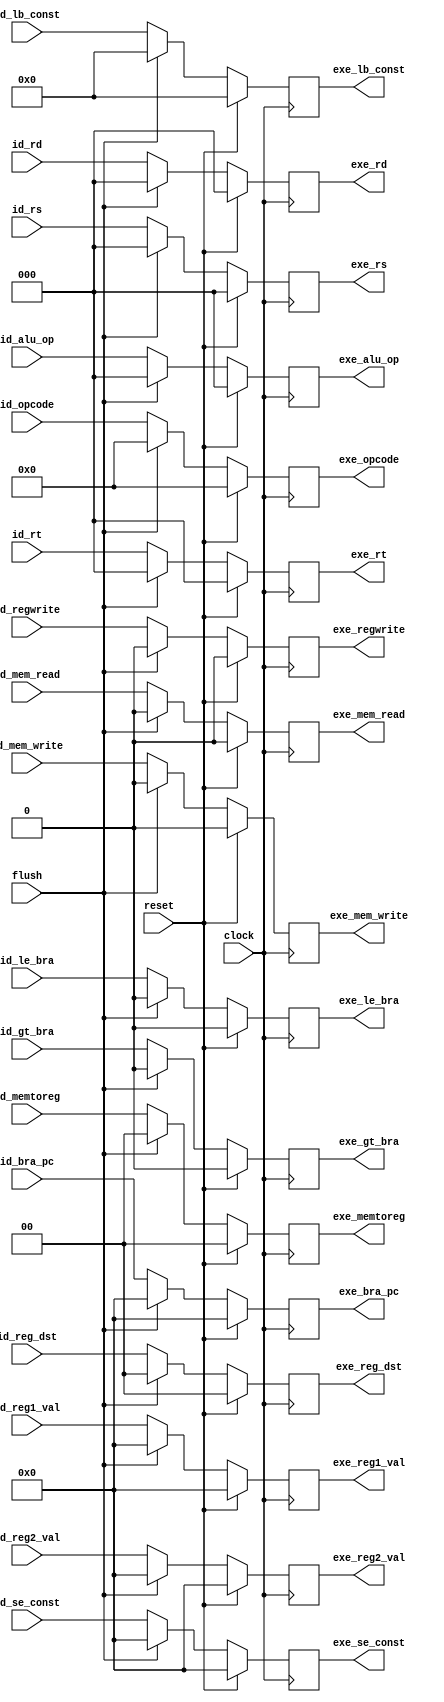
module ID_EXE_Buffer(clock,reset,id_bra_pc,id_reg1_val,id_reg2_val,id_rs,id_rt,id_rd,id_lb_const,
							id_se_const,exe_bra_pc,exe_reg1_val,exe_reg2_val,exe_rs,exe_rt,exe_rd,
							exe_lb_const,exe_se_const,id_gt_bra,id_le_bra,id_alu_op,id_reg_dst,id_mem_read,
							id_mem_write,id_memtoreg,id_regwrite,exe_gt_bra,exe_le_bra,exe_alu_op,
							exe_reg_dst,exe_mem_read,exe_mem_write,exe_memtoreg,exe_regwrite,id_opcode,
							exe_opcode,flush
    );

	input clock,reset,flush;
	input [2:0] id_rs,id_rt,id_rd;
	input [15:0] id_bra_pc;
	input [7:0] id_lb_const;
	input [15:0] id_reg1_val,id_reg2_val,id_se_const;
	input id_gt_bra,id_le_bra,id_mem_read,id_mem_write,id_regwrite;
	input [1:0] id_reg_dst,id_memtoreg;
	input [2:0] id_alu_op;
	input [3:0] id_opcode;
	
	output reg [2:0] exe_rs,exe_rt,exe_rd;
	output reg [15:0] exe_bra_pc;
	output reg [7:0] exe_lb_const;
	output reg [15:0] exe_reg1_val,exe_reg2_val,exe_se_const;
	output reg exe_gt_bra,exe_le_bra,exe_mem_read,exe_mem_write,exe_regwrite;
	output reg [1:0] exe_reg_dst,exe_memtoreg;
	output reg [2:0] exe_alu_op;
	output reg [3:0] exe_opcode;
	
	always@(posedge clock) begin
		if(reset)
			exe_rs = 'd0;
		else if(flush)
			exe_rs = 'd0;
		else
			exe_rs = id_rs;
	end
	
	always@(posedge clock) begin
		if(reset)
			exe_rt = 'd0;
		else if(flush)
			exe_rt = 'd0;
		else
			exe_rt = id_rt;
	end
	
	always@(posedge clock) begin
		if(reset)
			exe_rd = 'd0;
		else if(flush)
			exe_rd = 'd0;
		else
			exe_rd = id_rd;
	end
	
	always@(posedge clock) begin
		if(reset)
			exe_bra_pc = 'd0;
		else if(flush)
			exe_bra_pc = 'd0;
		else
			exe_bra_pc = id_bra_pc;
	end
	
	always@(posedge clock) begin
		if(reset)
			exe_lb_const = 'd0;
		else if(flush)
			exe_lb_const = 'd0;
		else
			exe_lb_const = id_lb_const;
	end
	
	always@(posedge clock) begin
		if(reset)
			exe_reg1_val = 'd0;
		else if(flush)
			exe_reg1_val = 'd0;
		else
			exe_reg1_val = id_reg1_val;
	end
	
	always@(posedge clock) begin
		if(reset)
			exe_reg2_val = 'd0;
		else if(flush)
			exe_reg2_val = 'd0;
		else
			exe_reg2_val = id_reg2_val;
	end
	
	always@(posedge clock) begin
		if(reset)
			exe_se_const = 'd0;
		else if(flush)
			exe_se_const = 'd0;
		else
			exe_se_const = id_se_const;
	end
	
	always@(posedge clock) begin
		if(reset)
			exe_gt_bra = 'd0;
		else if(flush)
			exe_gt_bra = 'd0;
		else
			exe_gt_bra = id_gt_bra;
	end
	
	always@(posedge clock) begin
		if(reset)
			exe_le_bra = 'd0;
		else if(flush)
			exe_le_bra = 'd0;
		else
			exe_le_bra = id_le_bra;
	end
	
	always@(posedge clock) begin
		if(reset)
			exe_alu_op = 'd0;
		else if(flush)
			exe_alu_op = 'd0;
		else
			exe_alu_op = id_alu_op;
	end
	
	always@(posedge clock) begin
		if(reset)
			exe_reg_dst = 'd0;
		else if(flush)
			exe_reg_dst = 'd0;
		else
			exe_reg_dst = id_reg_dst;
	end
	
	always@(posedge clock) begin
		if(reset)
			exe_mem_read = 'd0;
		else if(flush)
			exe_mem_read = 'd0;
		else
			exe_mem_read = id_mem_read;
	end
	
	always@(posedge clock) begin
		if(reset)
			exe_mem_write = 'd0;
		else if(flush)
			exe_mem_write = 'd0;
		else
			exe_mem_write = id_mem_write;
	end
	
	always@(posedge clock) begin
		if(reset)
			exe_memtoreg = 'd0;
		else if(flush)
			exe_memtoreg = 'd0;
		else
			exe_memtoreg = id_memtoreg;
	end
	
	always@(posedge clock) begin
		if(reset)
			exe_regwrite = 'd0;
		else if(flush)
			exe_regwrite = 'd0;
		else
			exe_regwrite = id_regwrite;
	end
	
	always@(posedge clock) begin
		if(reset)
			exe_opcode = 'd0;
		else if(flush)
			exe_opcode = 'd0;
		else
			exe_opcode = id_opcode;
	end
endmodule